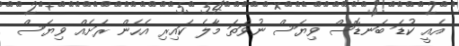
އެއީ ކުޑަ ބަނޑޮސް ވިޔަސް ނުވަތަ މާލެ ކައިރި އެހެން ރަށެއް ވިޔަސް